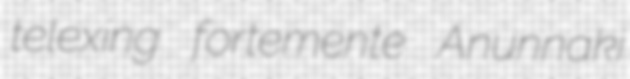
telexing fortemente Anunnaki